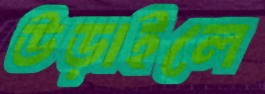
উড়াইলে